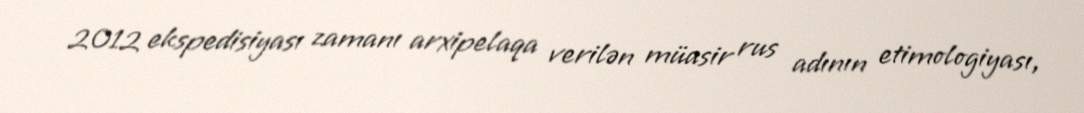
2012 ekspedisiyası zamanı arxipelaqa verilən müasir rus adının etimologiyası,